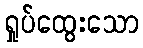
ရှုပ်ထွေးသော